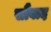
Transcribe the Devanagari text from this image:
सौंवाद